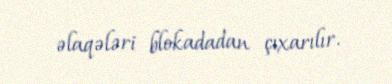
əlaqələri blokadadan çıxarılır.